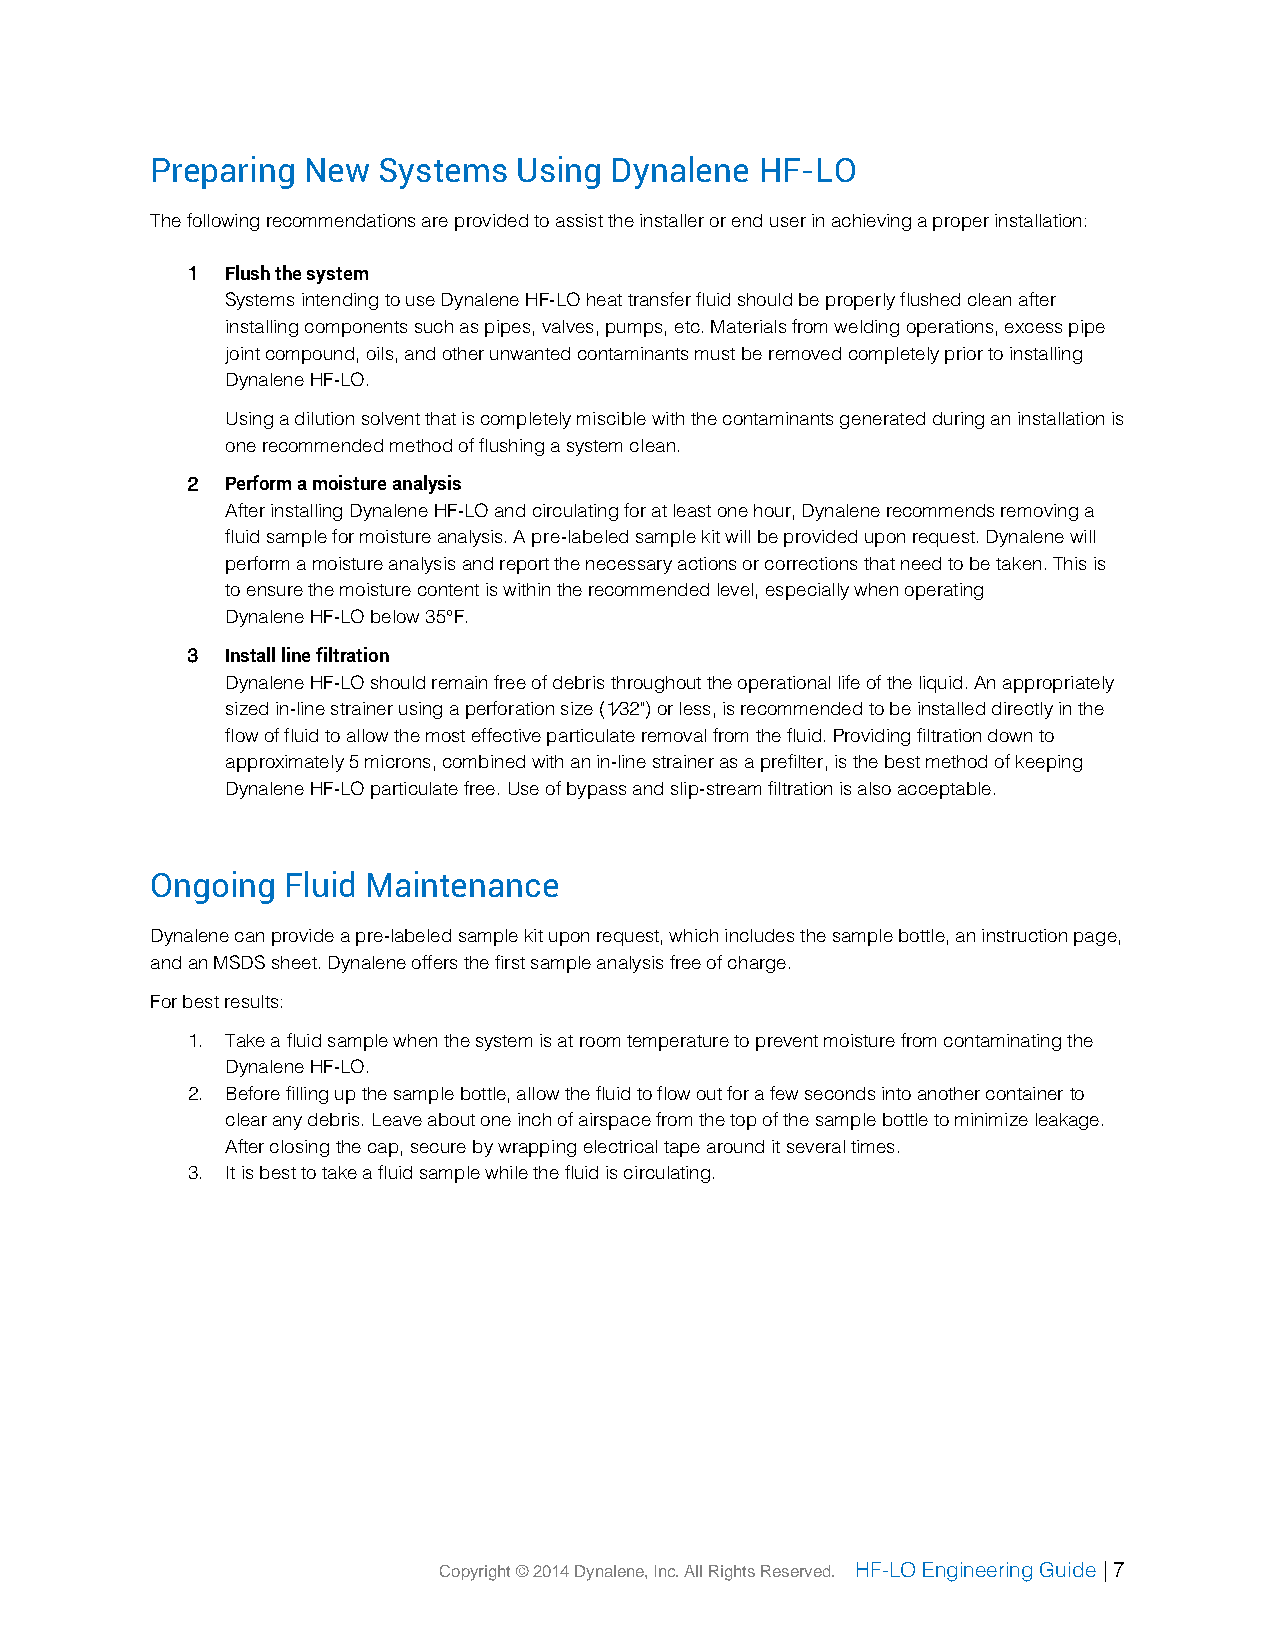
Preparing New  Systems  Using Dynalene  HF-LO
 The following recommendations are provided to assist the installer or end user in achieving a proper installation:
 1  Flush the system
 Systems intending to use Dynalene HF-LO heat transfer fluid should be properly flushed clean after
 installing components such as pipes, valves, pumps, etc. Materials from welding operations, excess pipe
 joint compound, oils, and other unwanted contaminants must be removed completely prior to installing
 Dynalene HF-LO.
 Using a dilution solvent that is completely miscible with the contaminants generated during an installation is
 one recommended method of flushing a system clean.
 2  Perform a moisture analysis
 After installing Dynalene HF-LO and circulating for at least one hour, Dynalene recommends removing a
 fluid sample for moisture analysis. A pre-labeled sample kit will be provided upon request. Dynalene will
 perform a moisture analysis and report the necessary actions or corrections that need to be taken. This is
 to ensure the moisture content is within the recommended level, especially when operating
 Dynalene HF-LO below 35°F.
 3  Install line filtration
 Dynalene HF-LO should remain free of debris throughout the operational life of the liquid. An appropriately
 sized in-line strainer using a perforation size (1⁄32") or less, is recommended to be installed directly in the
 flow of fluid to allow the most effective particulate removal from the fluid. Providing filtration down to
 approximately 5 microns, combined with an in-line strainer as a prefilter, is the best method of keeping
 Dynalene HF-LO particulate free. Use of bypass and slip-stream filtration is also acceptable.
 Ongoing  Fluid Maintenance
 Dynalene can provide a pre-labeled sample kit upon request, which includes the sample bottle, an instruction page,
 and an MSDS sheet. Dynalene offers the first sample analysis free of charge.
 For best results:
 1. Take a fluid sample when the system is at room temperature to prevent moisture from contaminating the
 Dynalene HF-LO.
 2. Before filling up the sample bottle, allow the fluid to flow out for a few seconds into another container to
 clear any debris. Leave about one inch of airspace from the top of the sample bottle to minimize leakage.
 After closing the cap, secure by wrapping electrical tape around it several times.
 3. It is best to take a fluid sample while the fluid is circulating.
 Copyright © 2014 Dynalene, Inc. All Rights Reserved. HF-LO Engineering Guide | 7